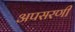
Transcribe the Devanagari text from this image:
अपसरणी